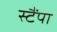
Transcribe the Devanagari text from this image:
स्टैंपा